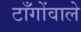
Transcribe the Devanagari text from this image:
टाँगोंवाले